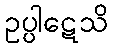
ဥပ္ပါဋေသိ